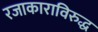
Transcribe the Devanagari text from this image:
रजाकाराविरुद्ध